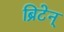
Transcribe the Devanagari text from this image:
ब्रिटेन्